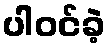
ပါဝင်ခဲ့